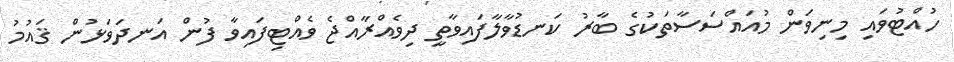
ހުއްޓުވައި މިނިވަން މުއައްސަސާތަކުގެ ބާރު ކަނޑުވާލާފައިވާތީ ދިވެއްރާއްޖެ ވެއްޓިފައިވާ ފުން އަނދަވަޅުން ޤައުމު